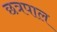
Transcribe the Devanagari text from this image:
छत्रपाल